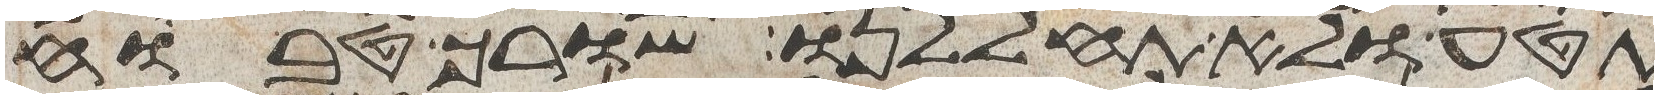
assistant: תטע ולא תחללנו שורך טבוח